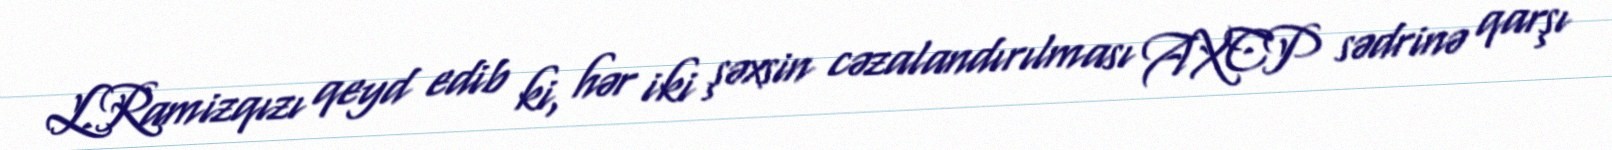
L.Ramizqızı qeyd edib ki, hər iki şəxsin cəzalandırılması AXCP sədrinə qarşı